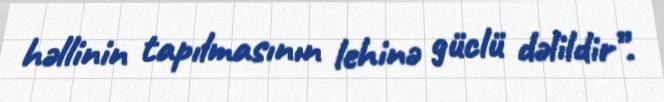
həllinin tapılmasının lehinə güclü dəlildir”.